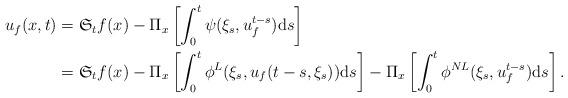
LaTeX: \begin{align*}u_{f}(x,t)&=\mathfrak{S}_{t}f(x)-\Pi_{x}\left[\int_{0}^{t}\psi(\xi_{s},u^{t-s}_{f}){\rm d}s\right]\\&=\mathfrak{S}_{t}f(x)-\Pi_{x}\left[\int_{0}^{t}\phi^{L}(\xi_{s},u_{f}(t-s,\xi_{s})){\rm d}s\right]-\Pi_{x}\left[\int_{0}^{t}\phi^{NL}(\xi_{s},u^{t-s}_{f}){\rm d}s\right].\end{align*}